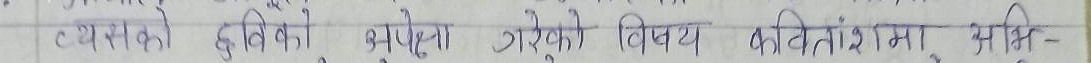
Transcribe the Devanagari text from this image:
त्यसको हविको अपहेलना गरेको विषय कवितांशमा अभि-